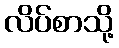
လိပ်စာသို့